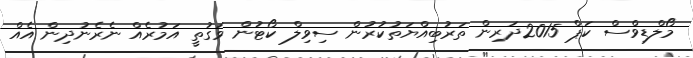
މޯލްޑިވްސް ކަޕް 2015ދަރިން ތަރުބިއްޔަތުކުރުން ސިވިލް ކޯޓުން ވަގުތީ އަމުރެއް ނެރެނުދިން އެއް